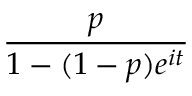
\frac { p } { 1 - ( 1 - p ) e ^ { i t } }